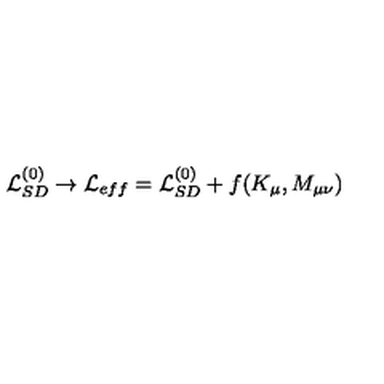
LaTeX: { \cal L } _ { S D } ^ { ( 0 ) } \to { \cal L } _ { e f f } = { \cal L } _ { S D } ^ { ( 0 ) } + f ( K _ { \mu } , M _ { \mu \nu } )